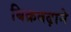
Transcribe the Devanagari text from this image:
बिक्रबढ़ाने